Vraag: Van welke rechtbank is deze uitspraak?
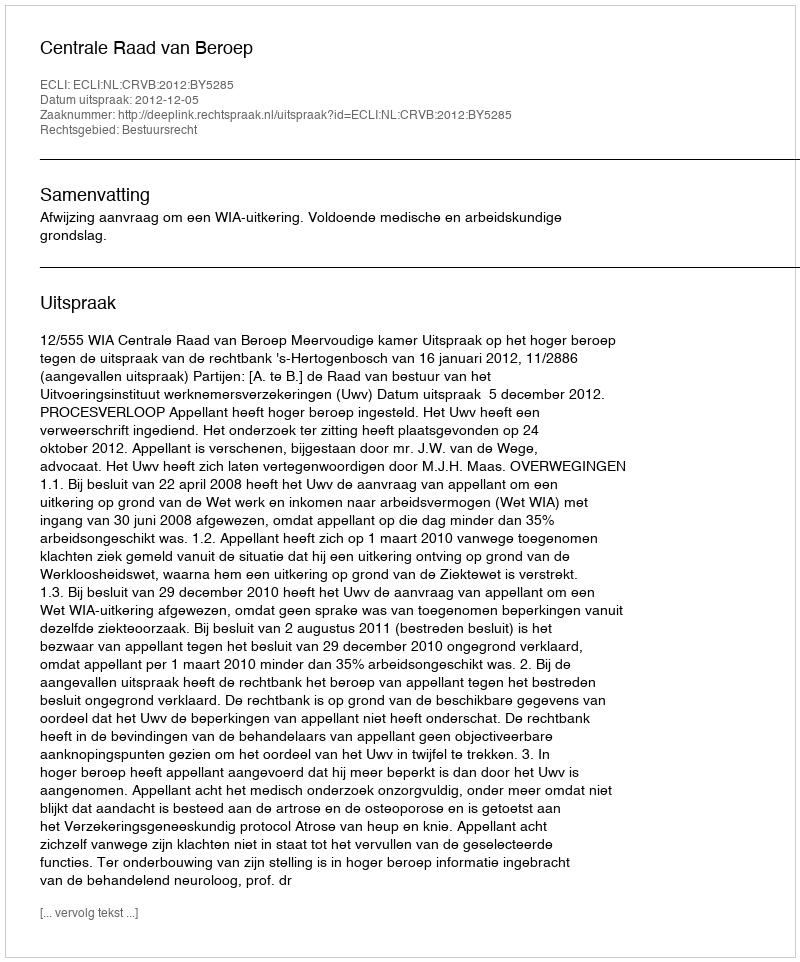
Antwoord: Centrale Raad van Beroep